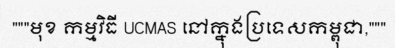
"""មុខ កម្មវិធី UCMAS នៅក្នុងប្រទេសកម្ពុជា,"""